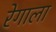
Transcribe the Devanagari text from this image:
रेगाला